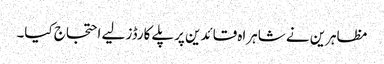
مظاہرین نے شاہراہ قائدین پرپلے کارڈز لیے احتجاج کیا۔